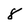
Character: 8